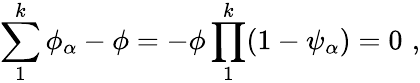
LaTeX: \sum_{1}^{k}\phi_{\alpha}-\phi=-\phi\prod_{1}^{k}(1-\psi_{\alpha})=0\, \, ,